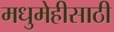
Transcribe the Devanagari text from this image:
मधुमेहीसाठी